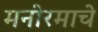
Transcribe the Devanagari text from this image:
मनोरमाचे